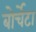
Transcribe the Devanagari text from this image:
बोर्चेटा